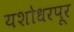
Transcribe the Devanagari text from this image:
यशोधरपूर